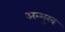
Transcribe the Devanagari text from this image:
अन्मुख